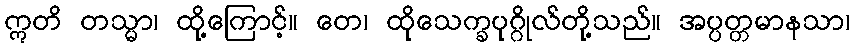
ဣတိ တသ္မာ၊ ထို့ကြောင့်။ တေ၊ ထိုသေက္ခပုဂ္ဂိုလ်တို့သည်။ အပ္ပတ္တမာနသာ၊